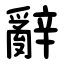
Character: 辭